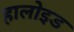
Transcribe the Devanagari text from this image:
हालोइड